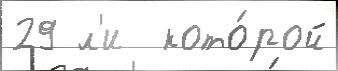
29 л'и  кото́рой